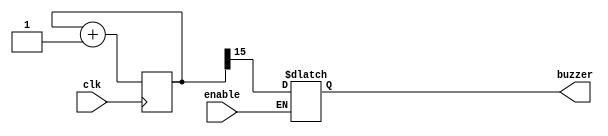
// ffr: Testing speaker

module do_beep(
  input clk,
  input enable,
  output reg buzzer );
  
  // clk 50 MHz PIN_23
  
  // 16bit binary counter
  reg [15:0] counter;
  
  always @(posedge clk) counter <= counter + 1'b1;
  
  // use the most significant bit of the counter to drive
  // the speaker
  always @*
  if( enable )
    buzzer = counter[15];

endmodule